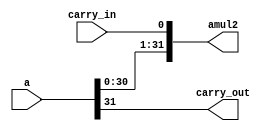
//======================================================================
//
// shl32.v
// -------
// 32bit left shift with carry in / carry out
//
//
// Copyright (c) 2015 Assured AB
// All rights reserved.
//
// Redistribution and use in source and binary forms, with or
// without modification, are permitted provided that the following
// conditions are met:
//
// 1. Redistributions of source code must retain the above copyright
//    notice, this list of conditions and the following disclaimer.
//
// 2. Redistributions in binary form must reproduce the above copyright
//    notice, this list of conditions and the following disclaimer in
//    the documentation and/or other materials provided with the
//    distribution.
//
// THIS SOFTWARE IS PROVIDED BY THE COPYRIGHT HOLDERS AND CONTRIBUTORS
// "AS IS" AND ANY EXPRESS OR IMPLIED WARRANTIES, INCLUDING, BUT NOT
// LIMITED TO, THE IMPLIED WARRANTIES OF MERCHANTABILITY AND FITNESS
// FOR A PARTICULAR PURPOSE ARE DISCLAIMED. IN NO EVENT SHALL THE
// COPYRIGHT OWNER OR CONTRIBUTORS BE LIABLE FOR ANY DIRECT, INDIRECT,
// INCIDENTAL, SPECIAL, EXEMPLARY, OR CONSEQUENTIAL DAMAGES (INCLUDING,
// BUT NOT LIMITED TO, PROCUREMENT OF SUBSTITUTE GOODS OR SERVICES;
// LOSS OF USE, DATA, OR PROFITS; OR BUSINESS INTERRUPTION) HOWEVER
// CAUSED AND ON ANY THEORY OF LIABILITY, WHETHER IN CONTRACT,
// STRICT LIABILITY, OR TORT (INCLUDING NEGLIGENCE OR OTHERWISE)
// ARISING IN ANY WAY OUT OF THE USE OF THIS SOFTWARE, EVEN IF
// ADVISED OF THE POSSIBILITY OF SUCH DAMAGE.
//
//======================================================================

module shl32(
             input  wire [31 : 0] a,
             input  wire          carry_in,
             output wire [31 : 0] amul2,
             output wire          carry_out
            );

   assign amul2     = {a[30 : 0], carry_in};
   assign carry_out = a[31];

endmodule // shl32

//======================================================================
// EOF shl32.v
//======================================================================